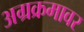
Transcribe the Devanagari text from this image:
अग्रक्रमावर